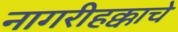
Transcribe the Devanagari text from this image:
नागरीहक्काचे